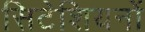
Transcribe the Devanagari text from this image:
सिटेशियनों